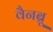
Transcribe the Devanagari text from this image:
वैनब्रू